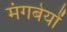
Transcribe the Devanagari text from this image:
मंगबेयों